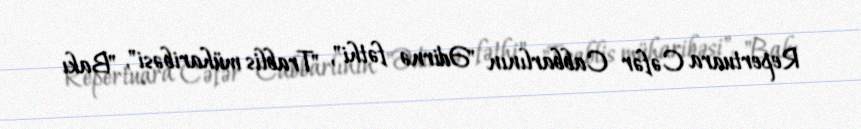
Repertuara Cəfər Cabbarlının "Ədirnə fəthi", "Trablis müharibəsi", "Bakı